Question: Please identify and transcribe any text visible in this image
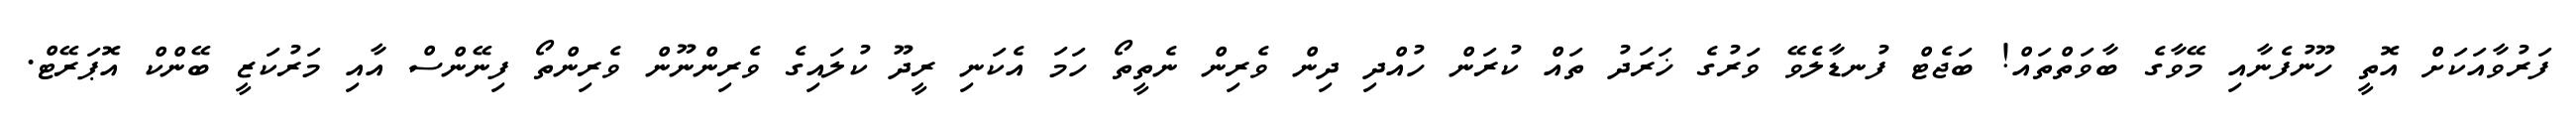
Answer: ފަރުވާއަކަށް އޮތީ ހޫނުފެނާއި މޭވާގެ ބާވަތްތައް! ބަޖެޓް ފުނޑާލެވޭ ވަރުގެ ޚަރަދު ތައް ކުރަން ހުއްދި ދިން ވެރިން ނެތީތޯ ހަމަ އެކަނި ރީދޫ ކުލައިގެ ވެރިންނޫން ވެރިންތޯ ފިނޭންސް އާއި މަރުކަޒީ ބޭންކް އޮޕަރޭޓް.